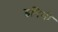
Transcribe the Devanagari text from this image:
इनिमी